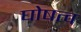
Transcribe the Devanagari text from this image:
घोषत्व